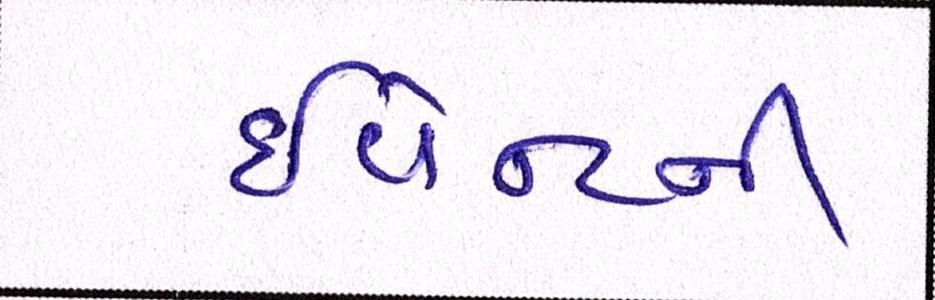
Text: ઇવેન્ટની